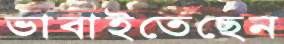
ভাবাইতেছেন